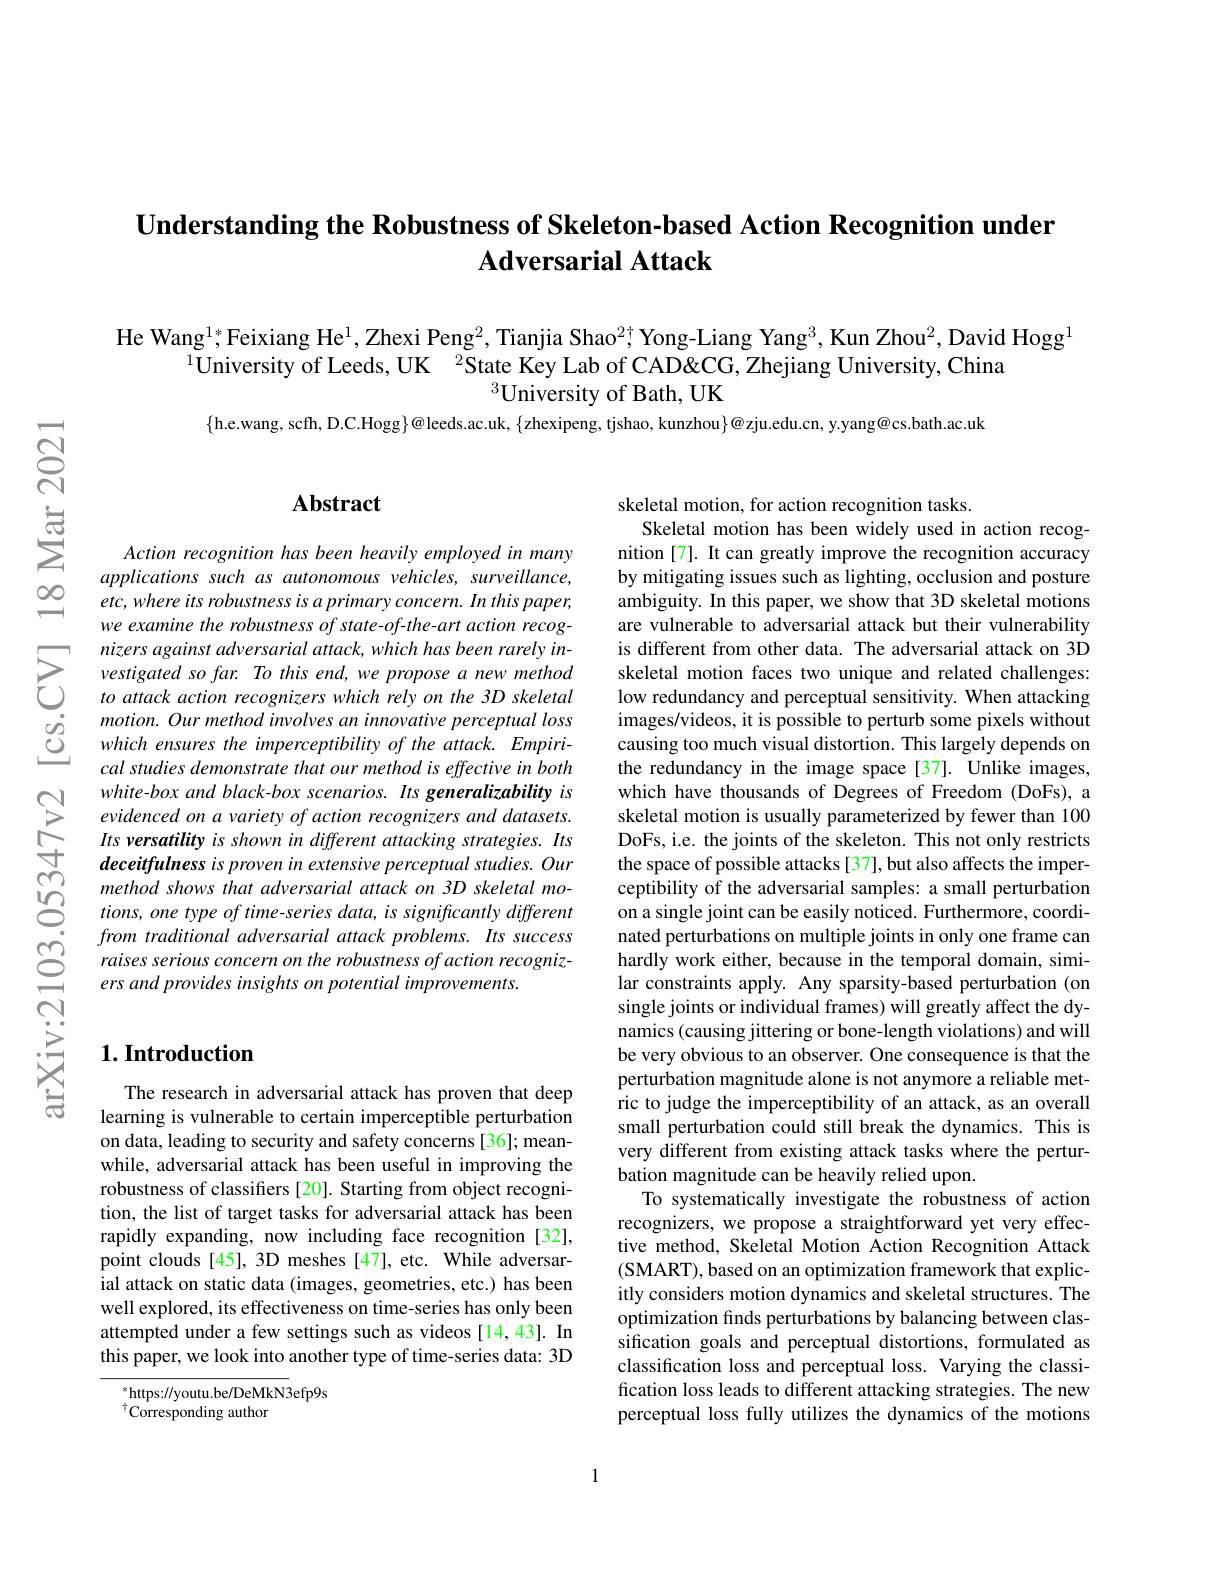
## Understanding the Robustness of Skeleton-based Action Recognition under Adversarial Attack

$\text{He Wang}^{1*}$;Feixiang He$^1,\text{Zhexi Peng}^2,\text{Tianjia Shao}^{2\dagger}$Yong-Liang Yang$^3$,Kun Zhou$^2$,David Hogg$^1$
$^{1}$Universitv of Leeds, UK $^2$State Kev Lab of CAD&CG,Zheiiang Universitv. China
$^{3}$University of Bath, UK

$\{$h.e.wang, scfh, D.C.Hogg$\}@$leeds.ac.uk, $\{$zhexipeng, tjshao, kunzhou$\}@$zju.edu.cn, y.yang@cs.bath.ac.uk

## $\mathbf{Abstract}$

Action recognition has been heavily employed in many applications such as autonomous vehicles, surveillance, etc, where its robustness is a primary concern. In this paper, we examine the robustness of state-of-the-art action recog-
$\sum_{\begin{aligned}&\text{nizers against adversarial attack, which has been rarely in-}\\&\text{vestigated so far. To this end, we propose a new method}\\&\text{to attack action recognizers which rely on the 3D skeletal}\end{aligned}}$ $\begin{array}{ccc}\dot{o}&motion.Ourmethodimvolves\:an\:imnovative\:perceptual\:loss\\\dot{O}&which\:ensures\:the\:imperceptibility\:of\:the\:attack.\:Empiri-\\&cal\:studies\:demonstrate\:that\:our\:method\:is\:effective\:in\:both\end{array}$
white-box and black-box scenarios. Its generalizability is evidenced on a variety of action recognizers and datasets. Its versatility is shown in different attacking strategies. Its deceitfulness is proven in extensive perceptual studies. Our
$\begin{array}{ccc}{\mathrm{CO}}&{\mathrm{~meceupuness~ts~poven~th~exens~ve~pereepruat~siuares.~Our}}\\{\mathrm{CO}}&{\mathrm{~method~shows~that~adversarial~attack~on~3D~skeletal~mo-~tions~one~time~on~of~time-series~data,~is~signijficantly~different}}\\{\mathrm{C}}&{\mathrm{~tions,~one~type~of~time-series~dat}}\end{array}$
from traditional adversarial attack problems. Its success raises serious concern on the robustness of action recognizers and provides insights on potential improvements.

## $1. \textbf{Introduction}$

The research in adversarial attack has proven that deep learning is vulnerable to certain imperceptible perturbation on data, leading to security and safety concerns [36]; meanwhile, adversarial attack has been useful in improving the robustness of classifiers [20]. Starting from object recognition, the list of target tasks for adversarial attack has been rapidly expanding, now including face recognition [32], point clouds [45], 3D meshes [47], etc. While adversarial attack on static data (images, geometries, etc.) has been well explored, its effectiveness on time-series has only been attempted under a few settings such as videos [14,43]. In this paper, we look into another type of time-series data: 3D

$^{*}$https://youtu.be/DeMkN3efp9s
$^{\dagger}\dot{\mathrm{Corresponding~author}}$

skeletal motion, for action recognition tasks.
Skeletal motion has been widely used in action recognition [7]. It can greatly improve the recognition accuracy by mitigating issues such as lighting, occlusion and posture ambiguity. In this paper, we show that 3D skeletal motions are vulnerable to adversarial attack but their vulnerability is different from other data. The adversarial attack on 3D skeletal motion faces two unique and related challenges: low redundancy and perceptual sensitivity. When attacking images/videos, it is possible to perturb some pixels without causing too much visual distortion. This largely depends on the redundancy in the image space[37]. Unlike images, which have thousands of Degrees of Freedom (DoFs), a skeletal motion is usually parameterized by fewer than 100 DoFs, i.e. the joints of the skeleton. This not only restricts the space of possible attacks [37], but also affects the imperceptibility of the adversarial samples: a small perturbation on a single joint can be easily noticed. Furthermore, coordinated perturbations on multiple joints in only one frame can hardly work either, because in the temporal domain, similar constraints apply. Any sparsity-based perturbation (on single joints or individual frames) will greatly affect the dynamics (causing jittering or bone-length violations) and will be very obvious to an observer. One consequence is that the perturbation magnitude alone is not anymore a reliable metric to judge the imperceptibility of an attack, as an overall small perturbation could still break the dynamics. This is very different from existing attack tasks where the perturbation magnitude can be heavily relied upon
To systematically investigate the robustness of action recognizers, we propose a straightforward yet very effective method, Skeletal Motion Action Recognition Attack (SMART), based on an optimization framework that explicitly considers motion dynamics and skeletal structures. The optimization finds perturbations by balancing between classification goals and perceptual distortions, formulated as classification loss and perceptual loss. Varying the classification loss leads to different attacking strategies. The new perceptual loss fully utilizes the dynamics of the motions

1